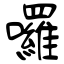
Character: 囉